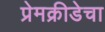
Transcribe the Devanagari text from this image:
प्रेमक्रीडेचा